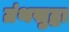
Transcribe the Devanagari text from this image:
ग्रंथसुद्धा